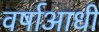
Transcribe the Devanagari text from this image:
वर्षाआधी